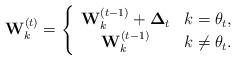
LaTeX: \begin{align*} \mathbf{W}_{k}^{(t)}=\left\{\begin{array}{cc} \mathbf{W}_{k}^{(t-1)}+\mathbf{\Delta}_t & k=\theta_t, \\ \mathbf{W}_{k}^{(t-1)} & k\neq \theta_t. \end{array}\right.\end{align*}